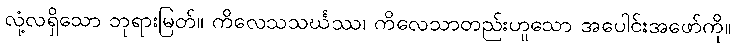
လုံ့လရှိသော ဘုရားမြတ်။ ကိလေသသင်္ဃဿ၊ ကိလေသာတည်းဟူသော အပေါင်းအဖော်ကို။